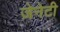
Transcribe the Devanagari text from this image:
जेनेटी